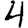
Digit: 4